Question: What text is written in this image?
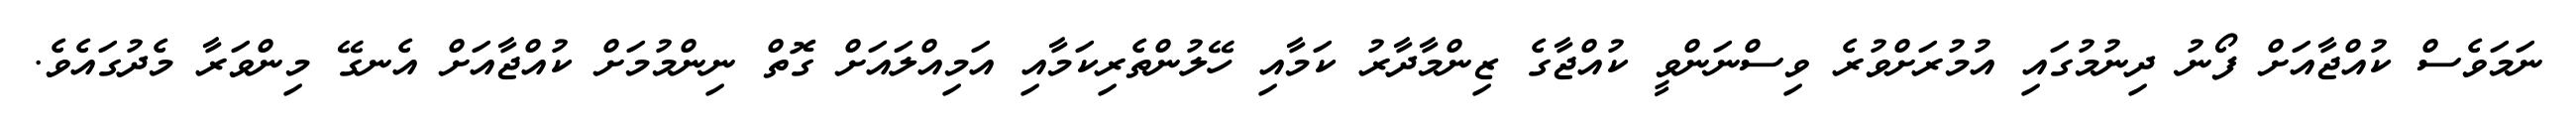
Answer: ނަމަވެސް ކުއްޖާއަށް ފޯނު ދިނުމުގައި އުމުރަށްވުރެ ވިސްނަންވީ ކުއްޖާގެ ޒިންމާދާރު ކަމާއި ހޭލުންތެރިކަމާއި އަމިއްލައަށް ގޮތް ނިންމުމަށް ކުއްޖާއަށް އެނގޭ މިންވަރާ މެދުގައެވެ.